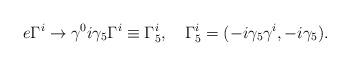
LaTeX: \begin{align*}e\Gamma^i\to \gamma^0i\gamma_5\Gamma^i\equiv \Gamma_5^i,\quad\Gamma_5^i=(-i\gamma_5\gamma^i, -i\gamma_5).\end{align*}